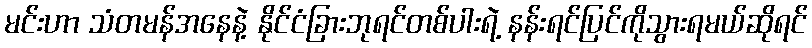
မင်းဟာ သံတမန်အနေနဲ့ နိုင်ငံခြားဘုရင်တစ်ပါးရဲ့ နန်းရင်ပြင်ကိုသွားရမယ်ဆိုရင်